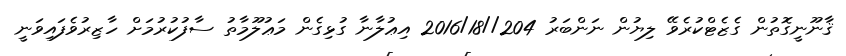
ޤާނޫނީގޮތުން ގެޒެޓްކުރެވޭ ލިޔުން ނަންބަރު 204//2016/18 އިޢުލާނާ ގުޅިގެން މަޢުލޫމާތު ސާފުކުރުމަށް ހާޒިރުވެފައިވަނީ